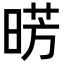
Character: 𣇷